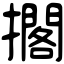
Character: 擱